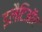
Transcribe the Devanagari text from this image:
इलैटिऑर